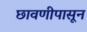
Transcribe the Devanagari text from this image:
छावणीपासून